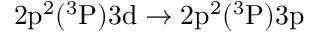
\mathrm { 2 p ^ { 2 } ( ^ { 3 } P ) 3 d \rightarrow 2 p ^ { 2 } ( ^ { 3 } P ) 3 p }